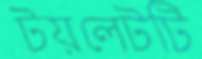
টয়লেটটি